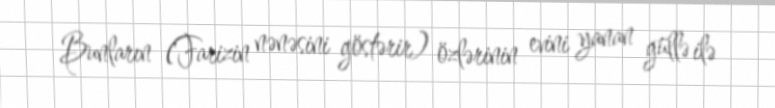
Bunların (Farizin nənəsini göstərir) özlərinin evini yanan güllə ilə